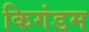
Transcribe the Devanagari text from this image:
किगंडम